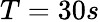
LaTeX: T=30s